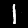
Digit: 1